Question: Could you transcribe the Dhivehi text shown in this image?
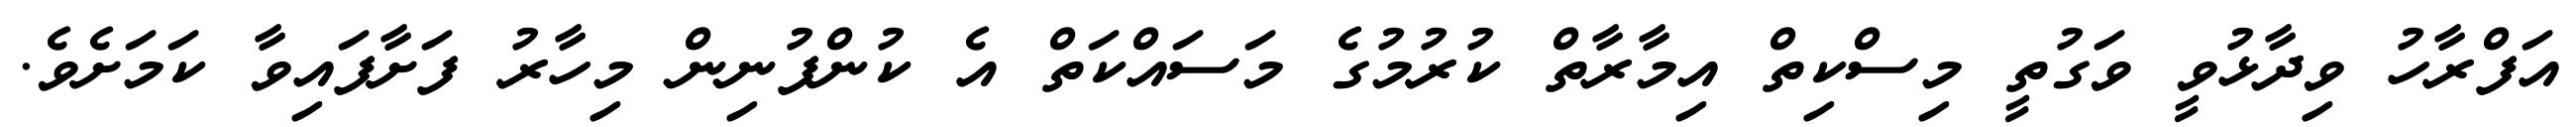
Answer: އަފްރާހު ވިދާޅުވީ ވަގުތީ މިސްކިތް އިމާރާތް ކުރުމުގެ މަސައްކަތް އެ ކުންފުނިން މިހާރު ފަށާފައިވާ ކަމަށެވެ.